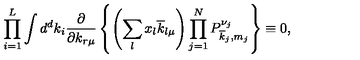
\prod _ { i = 1 } ^ { L } \int d ^ { d } k _ { i } \frac { \partial } { \partial k _ { r \mu } } \left\{ \left( \sum _ { l } x _ { l } \overline { { k } } _ { l \mu } \right) \prod _ { j = 1 } ^ { N } P _ { \overline { { k } } _ { j } , m _ { j } } ^ { \nu _ { j } } \right\} \equiv 0 ,